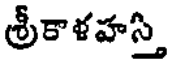
శ్రీకాళహస్తి